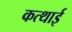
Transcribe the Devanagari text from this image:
कत्थाई